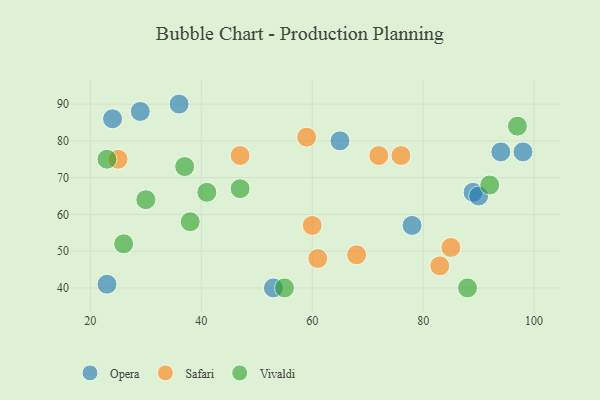
{"axis": {"x": "GDP", "y": "Life Expectancy"}, "legend": ["Opera", "Safari", "Vivaldi"], "data": [{"x": "29", "y": 88, "type": "Opera"}, {"x": "94", "y": 77, "type": "Opera"}, {"x": "65", "y": 80, "type": "Opera"}, {"x": "89", "y": 66, "type": "Opera"}, {"x": "53", "y": 40, "type": "Opera"}, {"x": "23", "y": 41, "type": "Opera"}, {"x": "90", "y": 65, "type": "Opera"}, {"x": "98", "y": 77, "type": "Opera"}, {"x": "78", "y": 57, "type": "Opera"}, {"x": "36", "y": 90, "type": "Opera"}, {"x": "24", "y": 86, "type": "Opera"}, {"x": "83", "y": 46, "type": "Safari"}, {"x": "60", "y": 57, "type": "Safari"}, {"x": "61", "y": 48, "type": "Safari"}, {"x": "25", "y": 75, "type": "Safari"}, {"x": "72", "y": 76, "type": "Safari"}, {"x": "68", "y": 49, "type": "Safari"}, {"x": "59", "y": 81, "type": "Safari"}, {"x": "47", "y": 76, "type": "Safari"}, {"x": "85", "y": 51, "type": "Safari"}, {"x": "76", "y": 76, "type": "Safari"}, {"x": "97", "y": 84, "type": "Vivaldi"}, {"x": "92", "y": 68, "type": "Vivaldi"}, {"x": "88", "y": 40, "type": "Vivaldi"}, {"x": "23", "y": 75, "type": "Vivaldi"}, {"x": "38", "y": 58, "type": "Vivaldi"}, {"x": "30", "y": 64, "type": "Vivaldi"}, {"x": "41", "y": 66, "type": "Vivaldi"}, {"x": "37", "y": 73, "type": "Vivaldi"}, {"x": "55", "y": 40, "type": "Vivaldi"}, {"x": "47", "y": 67, "type": "Vivaldi"}, {"x": "26", "y": 52, "type": "Vivaldi"}]}